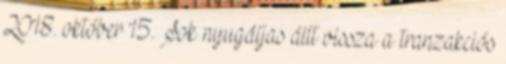
2018. október 15. Sok nyugdíjas állt vissza a tranzakciós